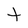
Character: t